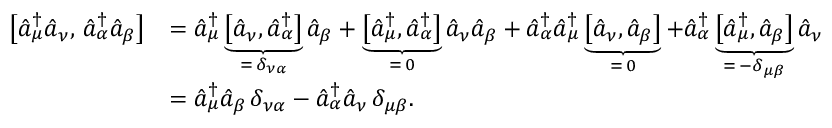
\begin{array} { r l } { \bigl [ \hat { a } _ { \mu } ^ { \dagger } \hat { a } _ { \nu } , \, \hat { a } _ { \alpha } ^ { \dagger } \hat { a } _ { \beta } \bigr ] } & { = \hat { a } _ { \mu } ^ { \dagger } \underbrace { \bigl [ \hat { a } _ { \nu } , \hat { a } _ { \alpha } ^ { \dagger } \bigr ] } _ { = \, \delta _ { \nu \alpha } } \hat { a } _ { \beta } + \underbrace { \bigl [ \hat { a } _ { \mu } ^ { \dagger } , \hat { a } _ { \alpha } ^ { \dagger } \bigr ] } _ { = \, 0 } \hat { a } _ { \nu } \hat { a } _ { \beta } + \hat { a } _ { \alpha } ^ { \dagger } \hat { a } _ { \mu } ^ { \dagger } \underbrace { \bigl [ \hat { a } _ { \nu } , \hat { a } _ { \beta } \bigr ] } _ { = \, 0 } + \hat { a } _ { \alpha } ^ { \dagger } \underbrace { \bigl [ \hat { a } _ { \mu } ^ { \dagger } , \hat { a } _ { \beta } \bigr ] } _ { = \, - \delta _ { \mu \beta } } \hat { a } _ { \nu } } \\ & { = \hat { a } _ { \mu } ^ { \dagger } \hat { a } _ { \beta } \, \delta _ { \nu \alpha } - \hat { a } _ { \alpha } ^ { \dagger } \hat { a } _ { \nu } \, \delta _ { \mu \beta } . } \end{array}